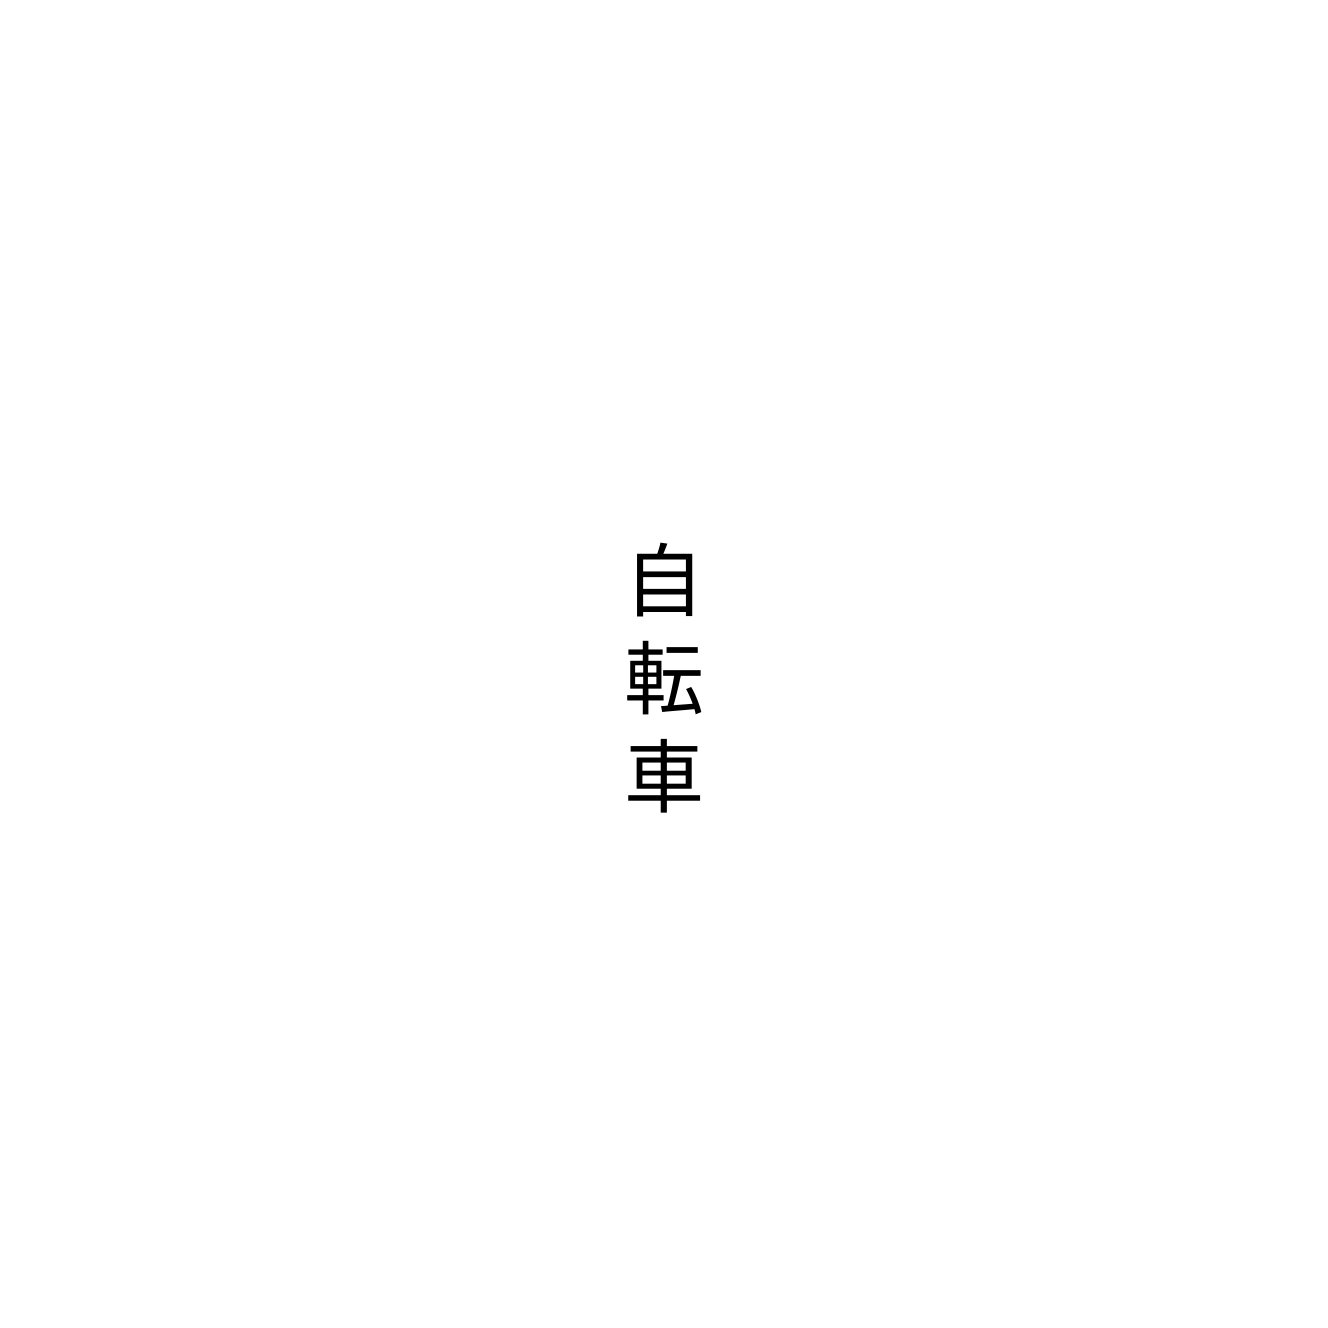
自転車